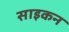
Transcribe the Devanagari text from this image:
साइकन